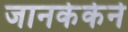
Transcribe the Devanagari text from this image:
जानकेकेने